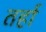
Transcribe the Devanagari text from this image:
तर्हा